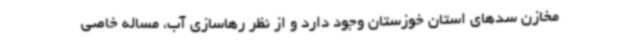
مخازن سدهای استان خوزستان وجود دارد و از نظر رهاسازی آب، مساله خاصی